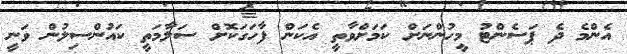
އެންމެ ދެ ޕަސެންޓު މީހުންނަށް ކަމަށްވާތީ އެކަން ފާހަގަކޮށް ސަލާމަތީ ކައުންސިލުން ވަނީ